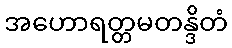
အဟောရတ္တမတန္ဒိတံ